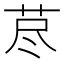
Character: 荩